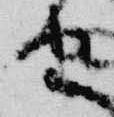
由